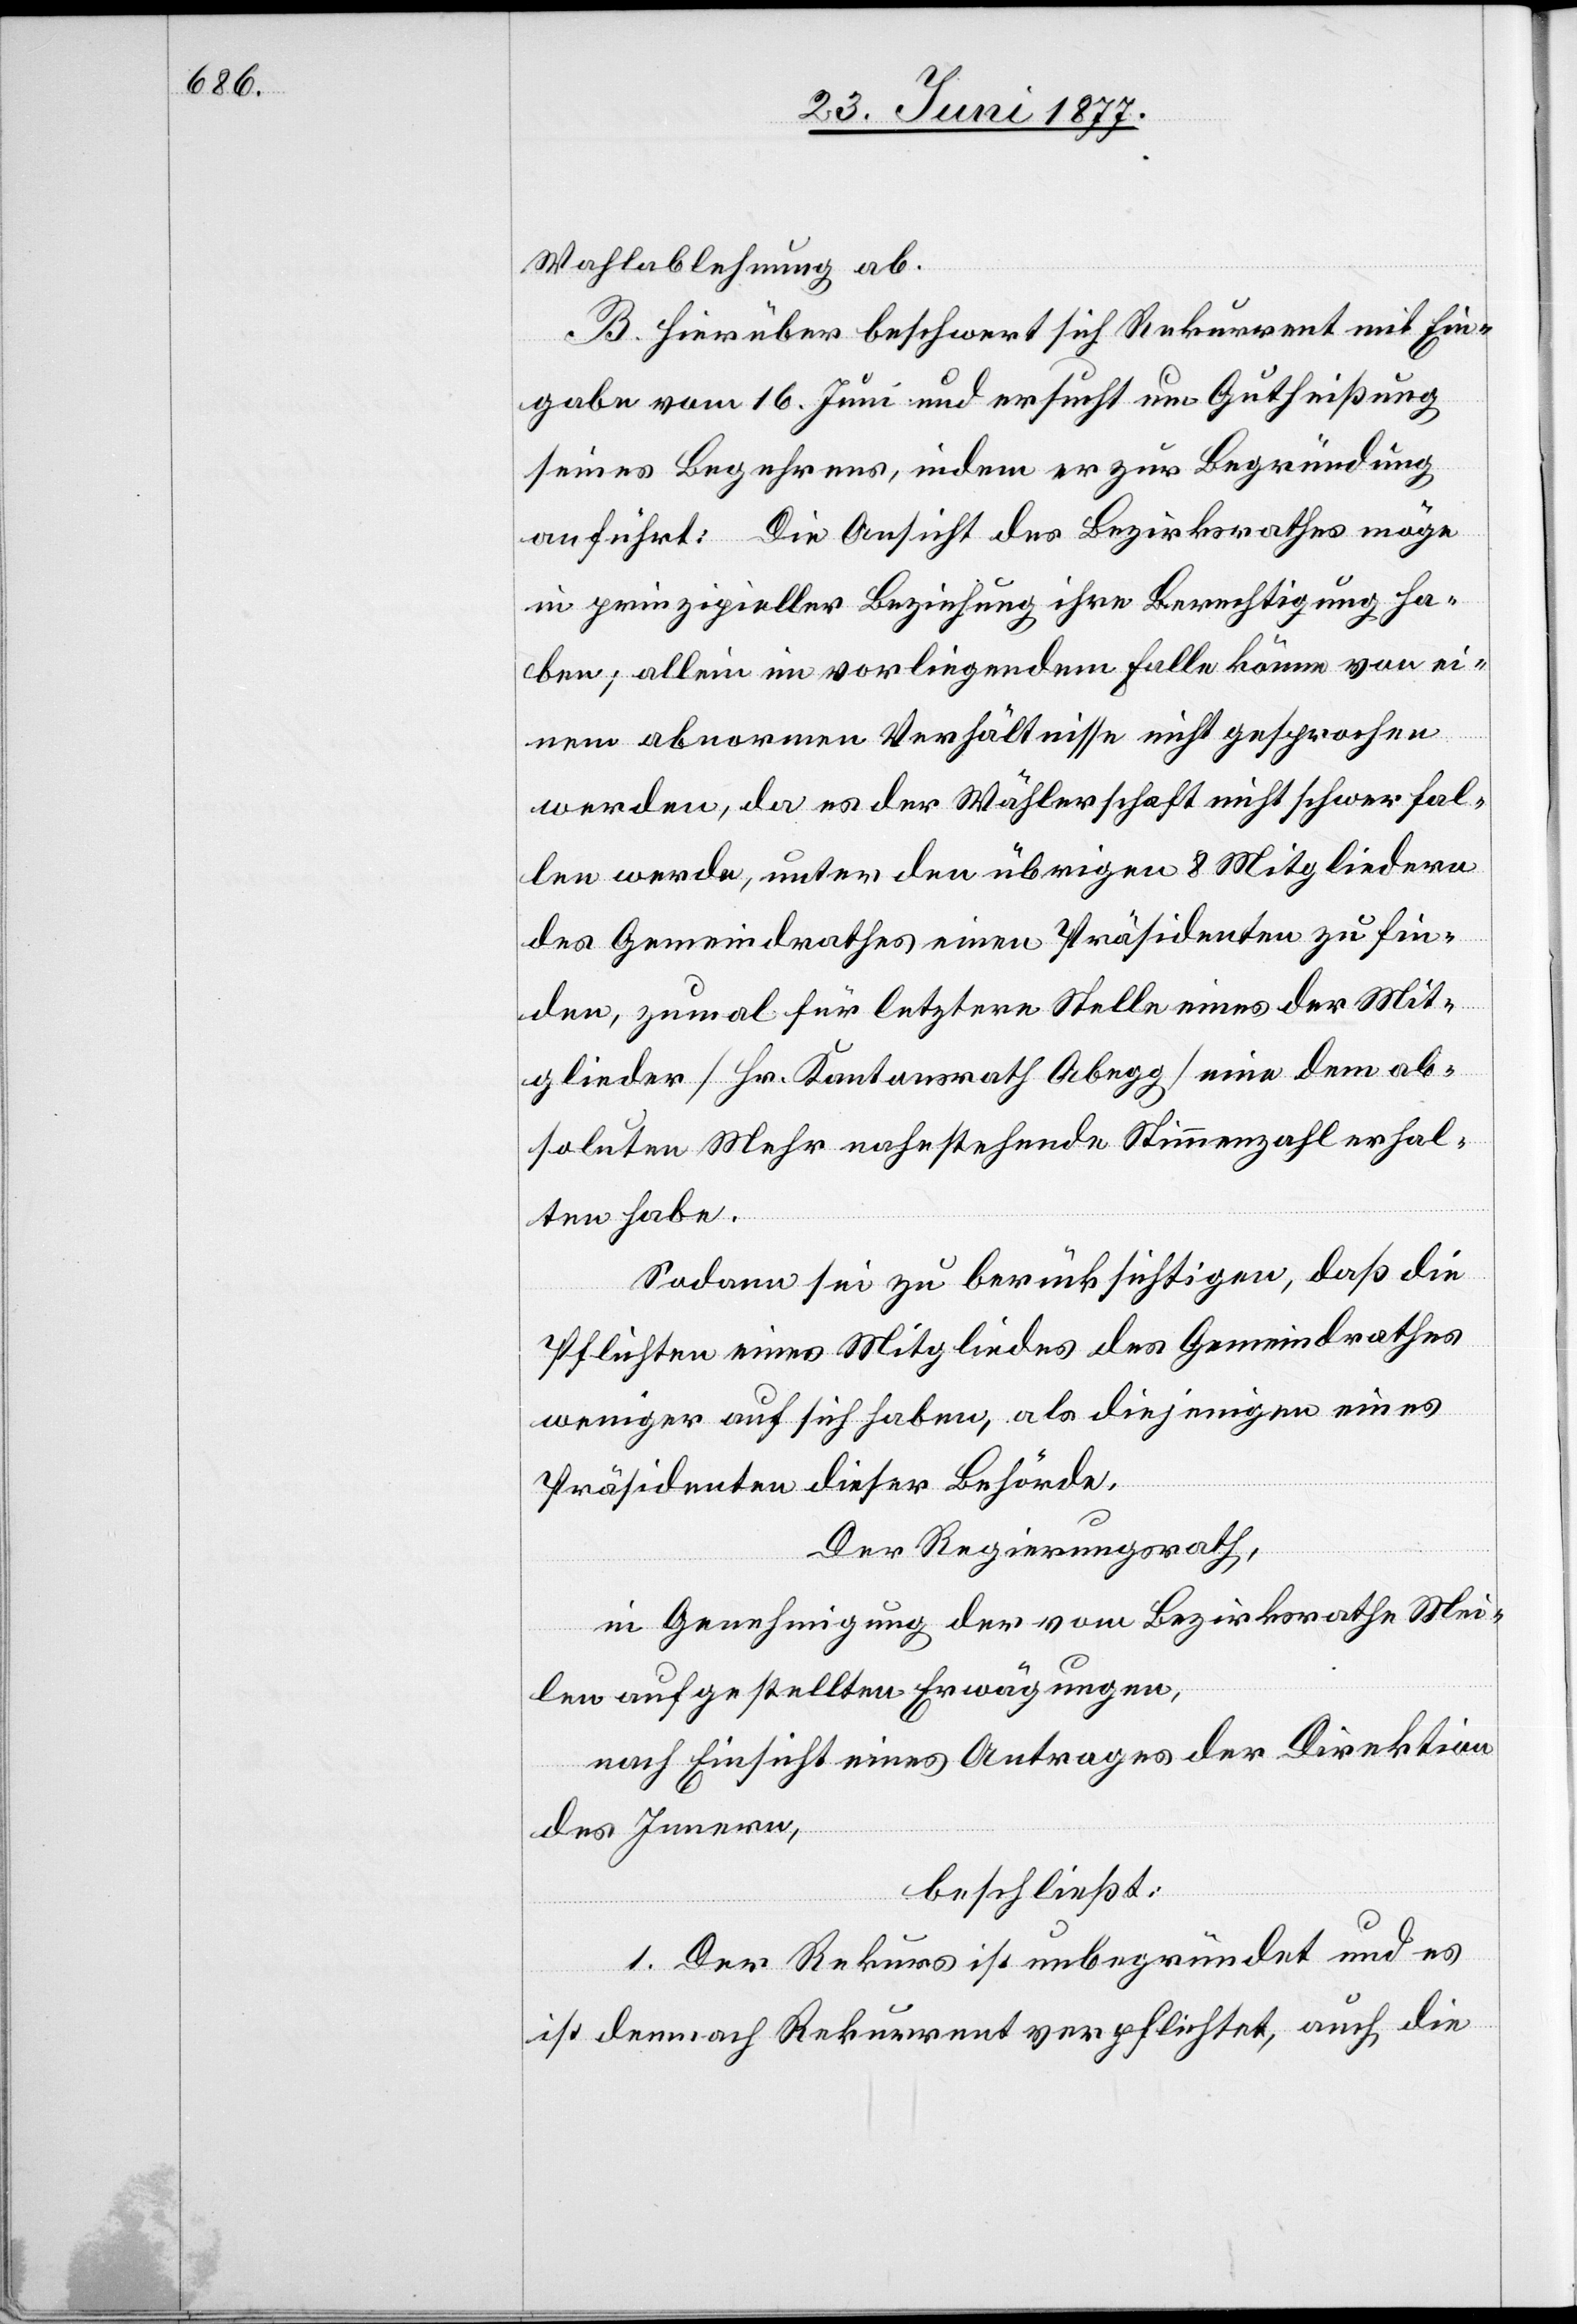
Wahlabweisung ab.
B. Hierüber beschwert sich Rekurrent mit Ein¬
gabe vom 16. Juni und ersucht um Gutheißung
seines Begehrens, indem er zur Begründung
anführt: Die Ansicht des Bezirksrathes möge
in prinzipieller Beziehung ihre Berechtigung ha¬
ben; allein im vorliegenden Falle könne von ei¬
nem abnormen Verhältnisse nicht gesprochen
werden, da es der Wählerschaft nicht schwer fal¬
len werde, unter den übrigen 8 Mitgliedern
des Gemeindrathes einen Präsidenten zu fin¬
den, zumal für letztere Stelle eines der Mit¬
glieder [Hr. Kantonsrath Abegg] eine dem ab¬
soluten Mehr nahestehende Stimmenzahl erhal¬
ten habe.
Sodann sei zu berücksichtigen, daß die
Pflichten eines Mitgliedes des Gemeindrathes
weniger auf sich haben, als diejenigen eines
Präsidenten dieser Behörde.
Der Regierungsrath,
in Genehmigung der vom Bezirksrathe Mei¬
len aufgestellten Erwägungen,
nach Einsicht eines Antrages der Direktion
des Innern,
beschließt:
1. Der Rekurs ist unbegründet und es
ist demnach Rekurrent verpflichtet, auch die